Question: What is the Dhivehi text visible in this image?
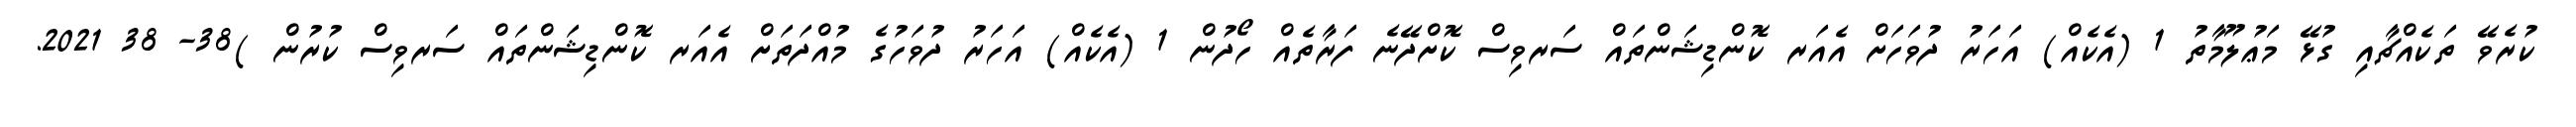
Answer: ކުރެވޭ ތަކެއްޗާއި ގުޅޭ މަޢުލޫމާތު 1 (އެކެއް) އަހަރު ދުވަހަށް އެއަރ ކޮންޑިޝަންތައް ސަރވިސް ކޮށްދޭނެ ފަރާތެއް ހޯދުން 1 (އެކެއް) އަހަރު ދުވަހުގެ މުއްދަތަށް އެއަރ ކޮންޑިޝަންތައް ސަރވިސް ކުރުން )38- 38 2021.